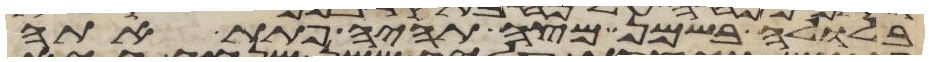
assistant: בלולה בשמן מצה תהיה פתת אתה